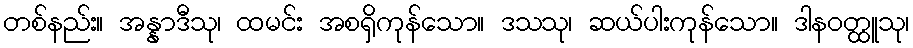
တစ်နည်း။ အန္နာဒီသု၊ ထမင်း အစရှိကုန်သော။ ဒသသု၊ ဆယ်ပါးကုန်သော။ ဒါနဝတ္ထူသု၊